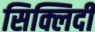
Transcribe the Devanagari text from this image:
सिक्लिदी